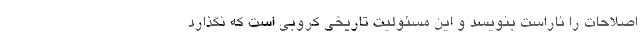
اصلاحات را ناراست بنویسد و این مسئولیت تاریخی کروبی است که نگذارد